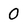
Character: 0